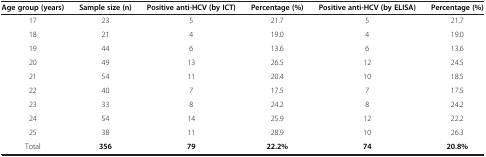
| Age group (years) | Sample size (n) | Positive anti-HCV (by ICT) | Percentage (%) | Positive anti-HCV (by ELISA) | Percentage (%) |
 | --- | --- | --- | --- | --- | --- |
 | 17 | 23 | 5 | 21.7 | 5 | 21.7 |
 | 18 | 21 | 4 | 19.0 | 4 | 19.0 |
 | 19 | 44 | 6 | 13.6 | 6 | 13.6 |
 | 20 | 49 | 13 | 26.5 | 12 | 24.5 |
 | 21 | 54 | 11 | 20.4 | 10 | 18.5 |
 | 22 | 40 | 7 | 17.5 | 7 | 17.5 |
 | 23 | 33 | 8 | 24.2 | 8 | 24.2 |
 | 24 | 54 | 14 | 25.9 | 12 | 22.2 |
 | 25 | 38 | 11 | 28.9 | 10 | 26.3 |
 | Total | 356 | 79 | 22.2% | 74 | 20.8% |